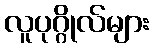
လူပုဂ္ဂိုလ်များ